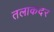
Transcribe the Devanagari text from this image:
तलाकदर